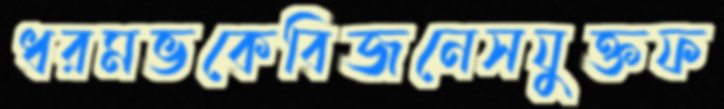
ধরমভকেবিজনেসযুক্তফ